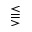
\lesseqqgtr